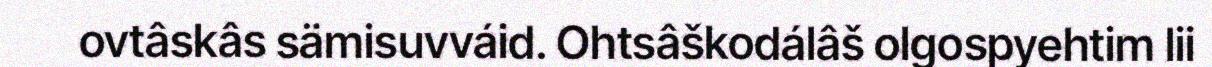
ovtâskâs sämisuvváid. Ohtsâškodálâš olgospyehtim lii